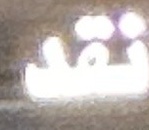
نقد